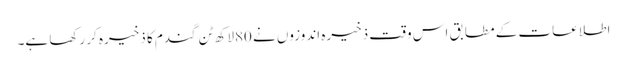
اطلاعات کے مطابق اس وقت ذخیرہ اندوزوں نے 80لاکھ ٹن گندم کا ذخیرہ کر رکھا ہے۔